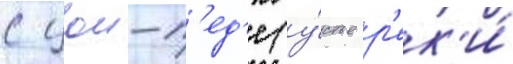
с цои-п'ед'е (у́стье р'ек'и́